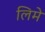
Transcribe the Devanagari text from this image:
लिमे